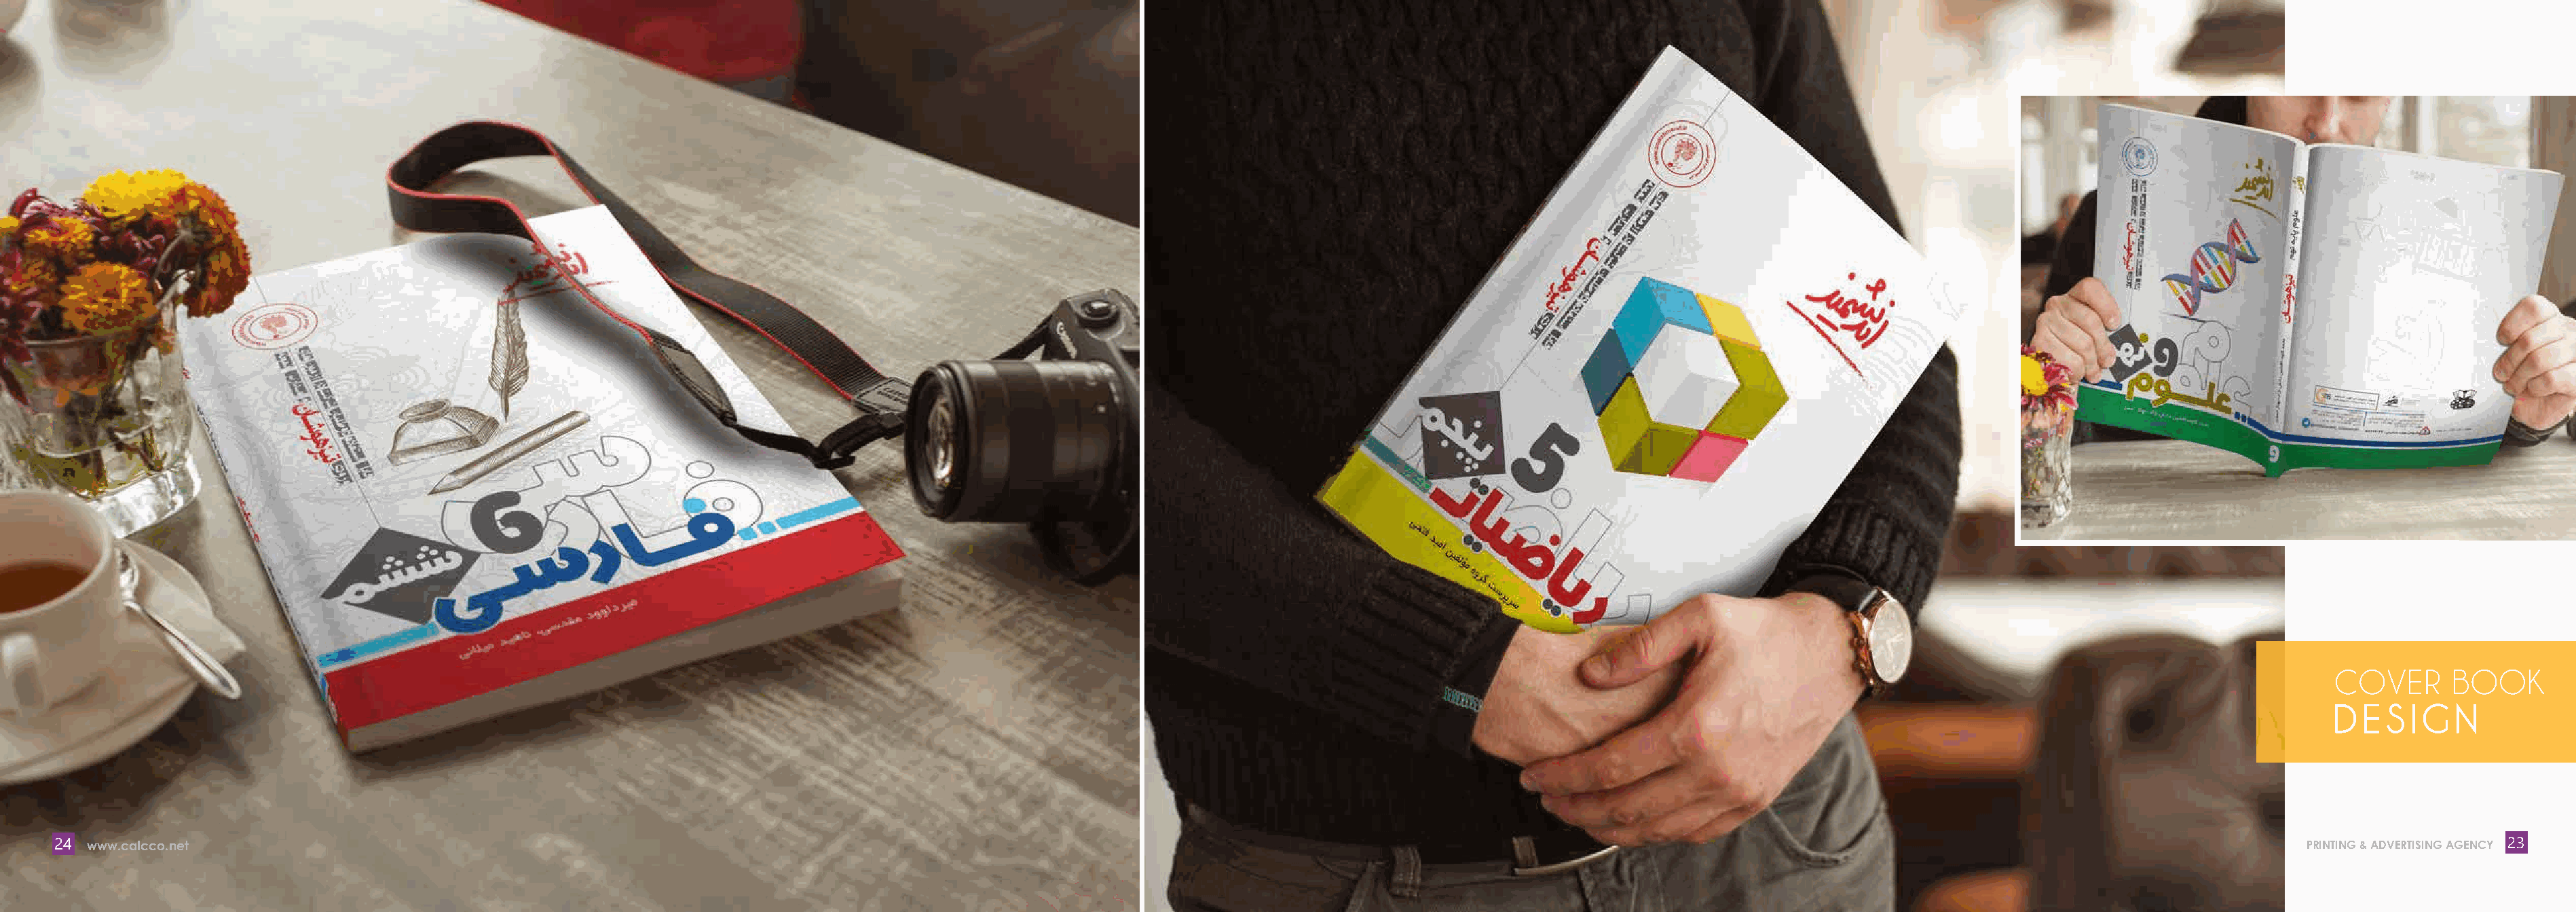
COVER      BOOK
 DESIGN
 24 www.calcco.net                                                                                                                                                                                                           PRINTING & ADVERTISING AGENCY 23